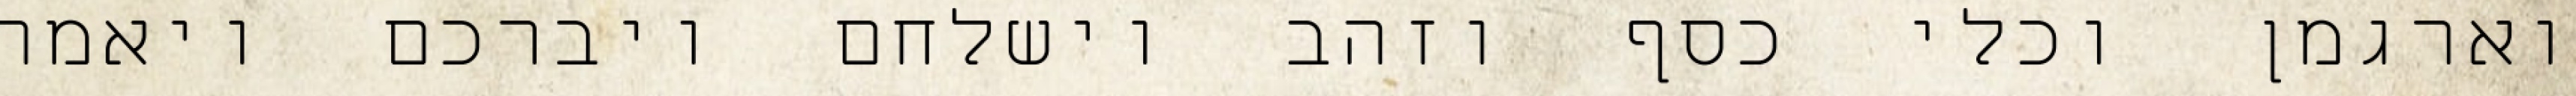
וארגמן וכלי כסף וזהב וישלחם ויברכם ויאמר